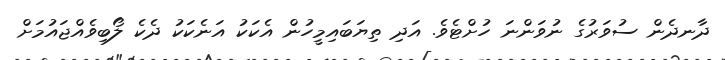
ދާނދެން ސުވަރުގެ ނުވަންނަ ހުށްޓެވެ. އަދި ތިޔަބައިމީހުން އެކަކު އަނެކަކު ދެކެ ލޯބިވެއްޖައުމަށް